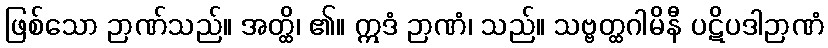
ဖြစ်သော ဉာဏ်သည်။ အတ္ထိ၊ ၏။ ဣဒံ ဉာဏံ၊ သည်။ သဗ္ဗတ္ထဂါမိနီ ပဋိပဒါဉာဏံ